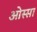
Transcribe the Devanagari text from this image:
ओस्सा